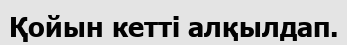
Қойын кетті алқылдап.